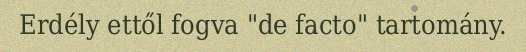
Erdély ettől fogva "de facto" tartomány.